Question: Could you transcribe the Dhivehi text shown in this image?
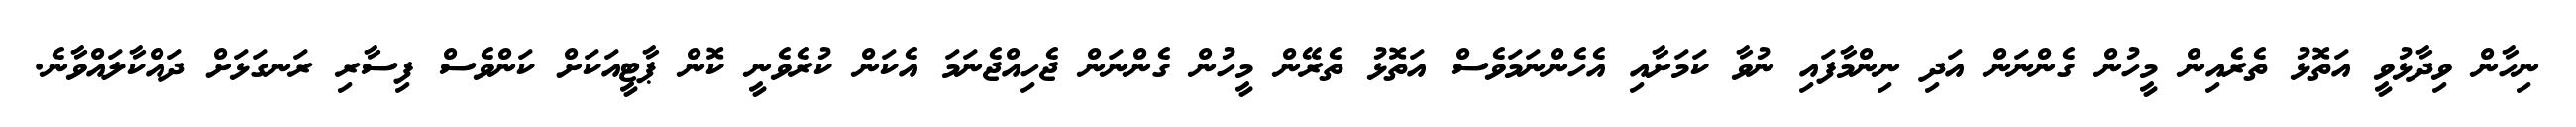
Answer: ނިހާން ވިދާޅުވީ އަތޮޅު ތެރެއިން މީހުން ގެންނަން އަދި ނިންމާފައި ނުވާ ކަމަށާއި އެހެންނަމަވެސް އަތޮޅު ތެރޭން މީހުން ގެންނަން ޖެހިއްޖެނަމަ އެކަން ކުރެވެނީ ކޮން ޕާޓީއަކަށް ކަންވެސް ފިސާރި ރަނގަޅަށް ދައްކާލައްވާނެ.